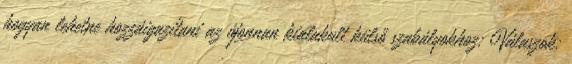
hogyan lehetne hozzáigazítani az újonnan kialakult külső szabályokhoz: Válaszok: